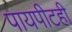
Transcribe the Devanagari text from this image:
पायपीटही